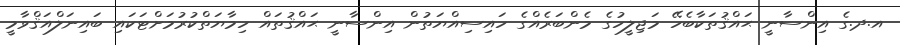
އ.ދ.ގެ އިންސާނީ ޙައްޤުތަކާބެހޭ މަޖިލީހުގެ މެންބަރެއްގެ ހައިސިއްޔަތުން އިންސާނީ ޙައްޤުތައް ހިމާޔަތްކުރުމަށްޓަކައި ބައިނަލްއަޤްވާމީ